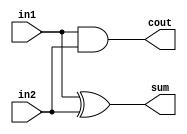
/*:
truth table > input output > sumxor, coutand
*/

module adder(in1,in2,sum,cout);
input in1,in2;
output sum,cout;
xor(sum,in1,in2);
and(cout,in1,in2);
endmodule